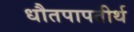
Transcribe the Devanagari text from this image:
धौतपापतीर्थ